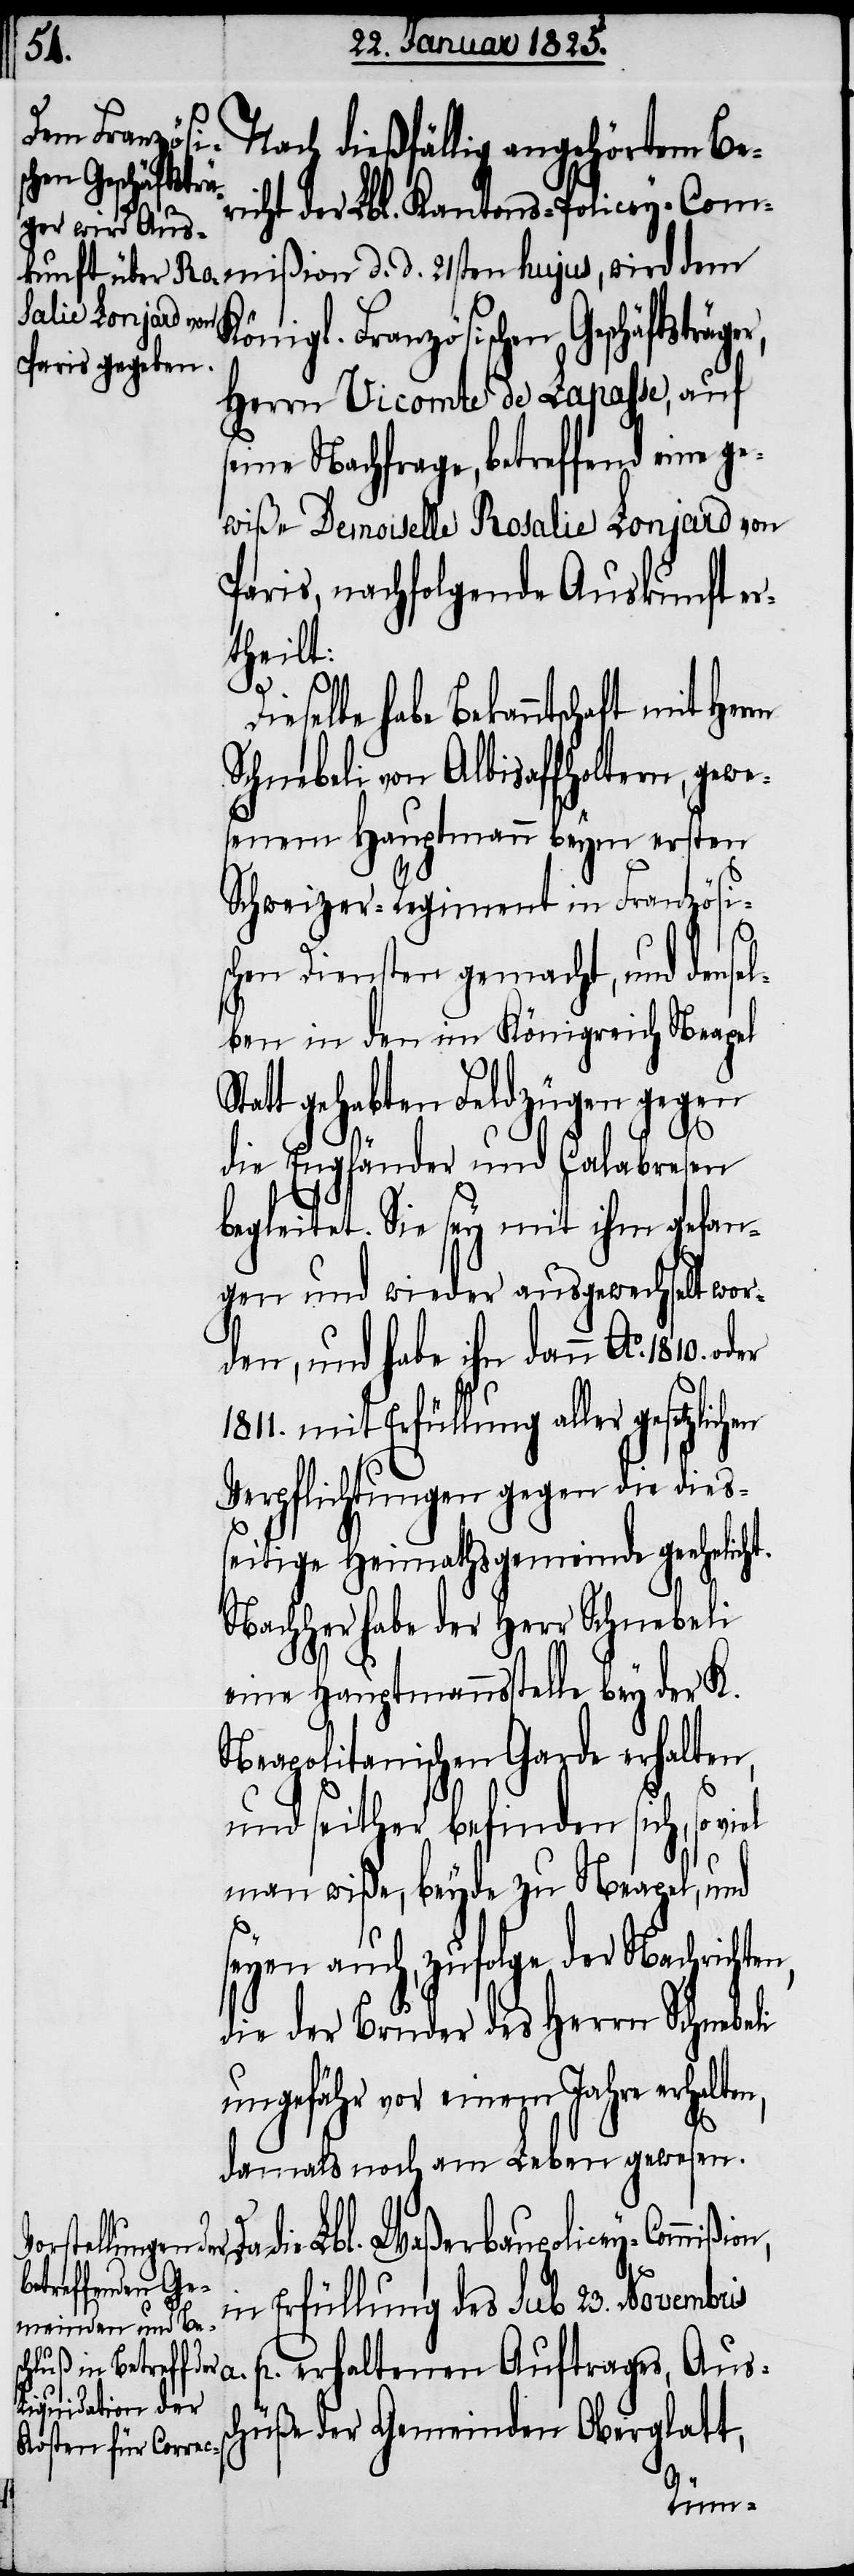
ht.
Nach dießfällig angehörtem Be¬
gesetzlichen
richt der Lbl. Kantons-Policey-Com¬
mißion d. d. 21sten hujus, wird dem
igl. Französischen Geschäf¬
Herrn Vicomte de Lapasse, auf
seine Nachfrage, betreffend eine ge¬
wiße Demoiselle Rosalie Lonjard von
Paris, nachfolgende Auskunft er¬
theilt:
a. p.
Dieselbe habe Bekanntschaft mit Her¬
Schnebeli von Albisaffholtern, gewe¬
senem Hauptmann beym ersten
Schweizer-Regiment in Französis¬
chen Diensten gemacht, und dense¬
lben in den im Königreich Neapel
Statt gehabten Feldzügen gegen
s¬
die Engländer und Calabresen
begleitet. Sie sey mit ihm gefan¬
gen und wieder ausgewechselt wor¬
den, und habe ihn dann Ao.
1811. mit Erfüllung aller
Verpflichtungen gegen die dies¬
seitige Heimathsgemeinde geehelic¬
Nachher habe der Herr Schnebeli
eine Hauptmannsstelle bey der K.
Neapolitanischen Garde erhalten,
und seither befinden sich, so
man wiße, beyde zu Neapel, und
seyen auch, zufolge der Nachrichten,
die der Bruder des Herrn Schnebeli
ungefähr vor einem Jahre erhalte¬
damals noch am Leben gewesen.
rn
Da die Lbl. Waßerbaupolicey-Commißi¬
in Erfüllung des sub 23. Novembris
erhaltenen Auftrages, Aus¬
chüße der Gemeinden Oberglatt,
Kön¬